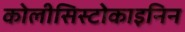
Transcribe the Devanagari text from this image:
कोलीसिस्टोकाइनिन